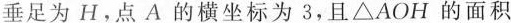
垂足为H，点A的横坐标为3，且△AOH 的面积